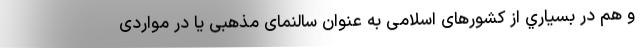
و هم در بسياري از کشورهای اسلامی به عنوان سالنمای مذهبی یا در مواردی